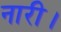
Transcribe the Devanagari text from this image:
नारी।